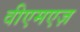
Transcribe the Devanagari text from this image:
वीएमएज़